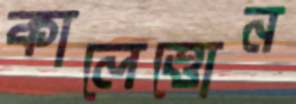
কালেত্তোন